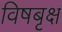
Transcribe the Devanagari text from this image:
विषबृक्ष